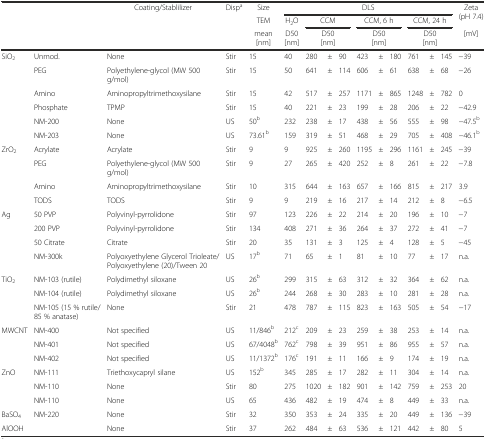
<table><thead><tr><td></td><td></td><td rowspan="3"><b>Coating/Stablilizer</b></td><td rowspan="3"><b>Disp<sup>a</sup></b></td><td><b>Size</b></td><td colspan="10"><b>DLS</b></td><td rowspan="2"><b>Zeta (pH 7.4)</b></td></tr><tr><td></td><td></td><td><b>TEM</b></td><td><b>H<sub>2</sub>O</b></td><td colspan="3"><b>CCM</b></td><td colspan="3"><b>CCM, 6 h</b></td><td colspan="3"><b>CCM, 24 h</b></td></tr><tr><td></td><td></td><td><b>mean [nm]</b></td><td><b>D50 [nm]</b></td><td colspan="3"><b>D50 [nm]</b></td><td colspan="3"><b>D50 [nm]</b></td><td colspan="3"><b>D50 [nm]</b></td><td><b>[mV]</b></td></tr></thead><tbody><tr><td rowspan="6">SiO<sub>2</sub></td><td>Unmod.</td><td>None</td><td>Stir</td><td>15</td><td>40</td><td>280</td><td>±</td><td>90</td><td>423</td><td>±</td><td>180</td><td>761</td><td>±</td><td>145</td><td>−39</td></tr><tr><td>PEG</td><td>Polyethylene-glycol (MW 500 g/mol)</td><td>Stir</td><td>15</td><td>50</td><td>641</td><td>±</td><td>114</td><td>606</td><td>±</td><td>61</td><td>638</td><td>±</td><td>68</td><td>−26</td></tr><tr><td>Amino</td><td>Aminopropyltrimethoxysilane</td><td>Stir</td><td>15</td><td>42</td><td>517</td><td>±</td><td>257</td><td>1171</td><td>±</td><td>865</td><td>1248</td><td>±</td><td>782</td><td>0</td></tr><tr><td>Phosphate</td><td>TPMP</td><td>Stir</td><td>15</td><td>40</td><td>221</td><td>±</td><td>23</td><td>199</td><td>±</td><td>28</td><td>206</td><td>±</td><td>22</td><td>−42.9</td></tr><tr><td>NM-200</td><td>None</td><td>US</td><td>50<sup>b</sup></td><td>232</td><td>238</td><td>±</td><td>17</td><td>438</td><td>±</td><td>56</td><td>555</td><td>±</td><td>98</td><td>−47.5<sup>b</sup></td></tr><tr><td>NM-203</td><td>None</td><td>US</td><td>73.61<sup>b</sup></td><td>159</td><td>319</td><td>±</td><td>51</td><td>468</td><td>±</td><td>29</td><td>705</td><td>±</td><td>408</td><td>−46.1<sup>b</sup></td></tr><tr><td rowspan="4">ZrO<sub>2</sub></td><td>Acrylate</td><td>Acrylate</td><td>Stir</td><td>9</td><td>9</td><td>925</td><td>±</td><td>260</td><td>1195</td><td>±</td><td>296</td><td>1161</td><td>±</td><td>245</td><td>−39</td></tr><tr><td>PEG</td><td>Polyethylene-glycol (MW 500 g/mol)</td><td>Stir</td><td>9</td><td>27</td><td>265</td><td>±</td><td>420</td><td>252</td><td>±</td><td>8</td><td>261</td><td>±</td><td>22</td><td>−7.8</td></tr><tr><td>Amino</td><td>Aminopropyltrimethoxysilane</td><td>Stir</td><td>10</td><td>315</td><td>644</td><td>±</td><td>163</td><td>657</td><td>±</td><td>166</td><td>815</td><td>±</td><td>217</td><td>3.9</td></tr><tr><td>TODS</td><td>TODS</td><td>Stir</td><td>9</td><td>9</td><td>219</td><td>±</td><td>16</td><td>217</td><td>±</td><td>14</td><td>212</td><td>±</td><td>8</td><td>−6.5</td></tr><tr><td rowspan="4">Ag</td><td>50 PVP</td><td>Polyvinyl-pyrrolidone</td><td>Stir</td><td>97</td><td>123</td><td>226</td><td>±</td><td>22</td><td>214</td><td>±</td><td>20</td><td>196</td><td>±</td><td>10</td><td>−7</td></tr><tr><td>200 PVP</td><td>Polyvinyl-pyrrolidone</td><td>Stir</td><td>134</td><td>408</td><td>271</td><td>±</td><td>36</td><td>264</td><td>±</td><td>37</td><td>272</td><td>±</td><td>41</td><td>−7</td></tr><tr><td>50 Citrate</td><td>Citrate</td><td>Stir</td><td>20</td><td>35</td><td>131</td><td>±</td><td>3</td><td>125</td><td>±</td><td>4</td><td>128</td><td>±</td><td>5</td><td>−45</td></tr><tr><td>NM-300k</td><td>Polyoxyethylene Glycerol Trioleate/Polyoxyethylene (20)/Tween 20</td><td>US</td><td>17<sup>b</sup></td><td>71</td><td>65</td><td>±</td><td>1</td><td>81</td><td>±</td><td>10</td><td>77</td><td>±</td><td>17</td><td>n.a.</td></tr><tr><td rowspan="3">TiO<sub>2</sub></td><td>NM-103 (rutile)</td><td>Polydimethyl siloxane</td><td>US</td><td>26<sup>b</sup></td><td>299</td><td>315</td><td>±</td><td>63</td><td>312</td><td>±</td><td>32</td><td>364</td><td>±</td><td>62</td><td>n.a.</td></tr><tr><td>NM-104 (rutile)</td><td>Polydimethyl siloxane</td><td>US</td><td>26<sup>b</sup></td><td>244</td><td>268</td><td>±</td><td>30</td><td>283</td><td>±</td><td>10</td><td>281</td><td>±</td><td>28</td><td>n.a.</td></tr><tr><td>NM-105 (15 % rutile/85 % anatase)</td><td>None</td><td>Stir</td><td>21</td><td>478</td><td>787</td><td>±</td><td>115</td><td>823</td><td>±</td><td>163</td><td>505</td><td>±</td><td>54</td><td>−17</td></tr><tr><td rowspan="3">MWCNT</td><td>NM-400</td><td>Not specified</td><td>US</td><td>11/846<sup>b</sup></td><td>212<sup>c</sup></td><td>209</td><td>±</td><td>23</td><td>259</td><td>±</td><td>38</td><td>253</td><td>±</td><td>14</td><td>n.a.</td></tr><tr><td>NM-401</td><td>Not specified</td><td>US</td><td>67/4048<sup>b</sup></td><td>762<sup>c</sup></td><td>798</td><td>±</td><td>39</td><td>951</td><td>±</td><td>86</td><td>955</td><td>±</td><td>57</td><td>n.a.</td></tr><tr><td>NM-402</td><td>Not specified</td><td>US</td><td>11/1372<sup>b</sup></td><td>176<sup>c</sup></td><td>191</td><td>±</td><td>11</td><td>166</td><td>±</td><td>9</td><td>174</td><td>±</td><td>19</td><td>n.a.</td></tr><tr><td rowspan="3">ZnO</td><td>NM-111</td><td>Triethoxycapryl silane</td><td>US</td><td>152<sup>b</sup></td><td>345</td><td>285</td><td>±</td><td>17</td><td>282</td><td>±</td><td>11</td><td>304</td><td>±</td><td>14</td><td>n.a.</td></tr><tr><td>NM-110</td><td>None</td><td>Stir</td><td>80</td><td>275</td><td>1020</td><td>±</td><td>182</td><td>901</td><td>±</td><td>142</td><td>759</td><td>±</td><td>253</td><td>20</td></tr><tr><td>NM-110</td><td>None</td><td>US</td><td>65</td><td>436</td><td>482</td><td>±</td><td>19</td><td>474</td><td>±</td><td>8</td><td>449</td><td>±</td><td>33</td><td>n.a.</td></tr><tr><td>BaSO<sub>4</sub></td><td>NM-220</td><td>None</td><td>Stir</td><td>32</td><td>350</td><td>353</td><td>±</td><td>24</td><td>335</td><td>±</td><td>20</td><td>449</td><td>±</td><td>136</td><td>−39</td></tr><tr><td colspan="2">AlOOH</td><td>None</td><td>Stir</td><td>37</td><td>262</td><td>484</td><td>±</td><td>63</td><td>536</td><td>±</td><td>121</td><td>442</td><td>±</td><td>80</td><td>5</td></tr></tbody></table>